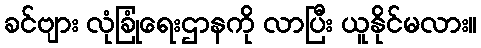
ခင်ဗျား လုံခြုံရေးဌာနကို လာပြီး ယူနိုင်မလား။